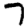
Digit: 7